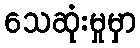
သေဆုံးမှုမှာ